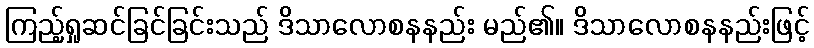
ကြည့်ရှုဆင်ခြင်ခြင်းသည် ဒိသာလောစနနည်း မည်၏။ ဒိသာလောစနနည်းဖြင့်